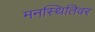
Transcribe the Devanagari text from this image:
मनस्थितिवर